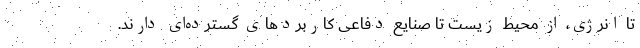
تا انرژی، از محیط زیست تا صنایع دفاعی کاربردهای گسترده‌ای دارند.